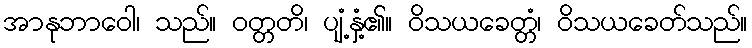
အာနုဘာဝေါ၊ သည်။ ဝတ္တတိ၊ ပျံ့နှံ့၏။ ဝိသယခေတ္တံ၊ ဝိသယခေတ်သည်။